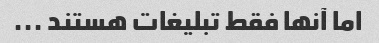
اما آنها فقط تبلیغات هستند ...